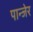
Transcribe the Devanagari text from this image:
पान्जेर